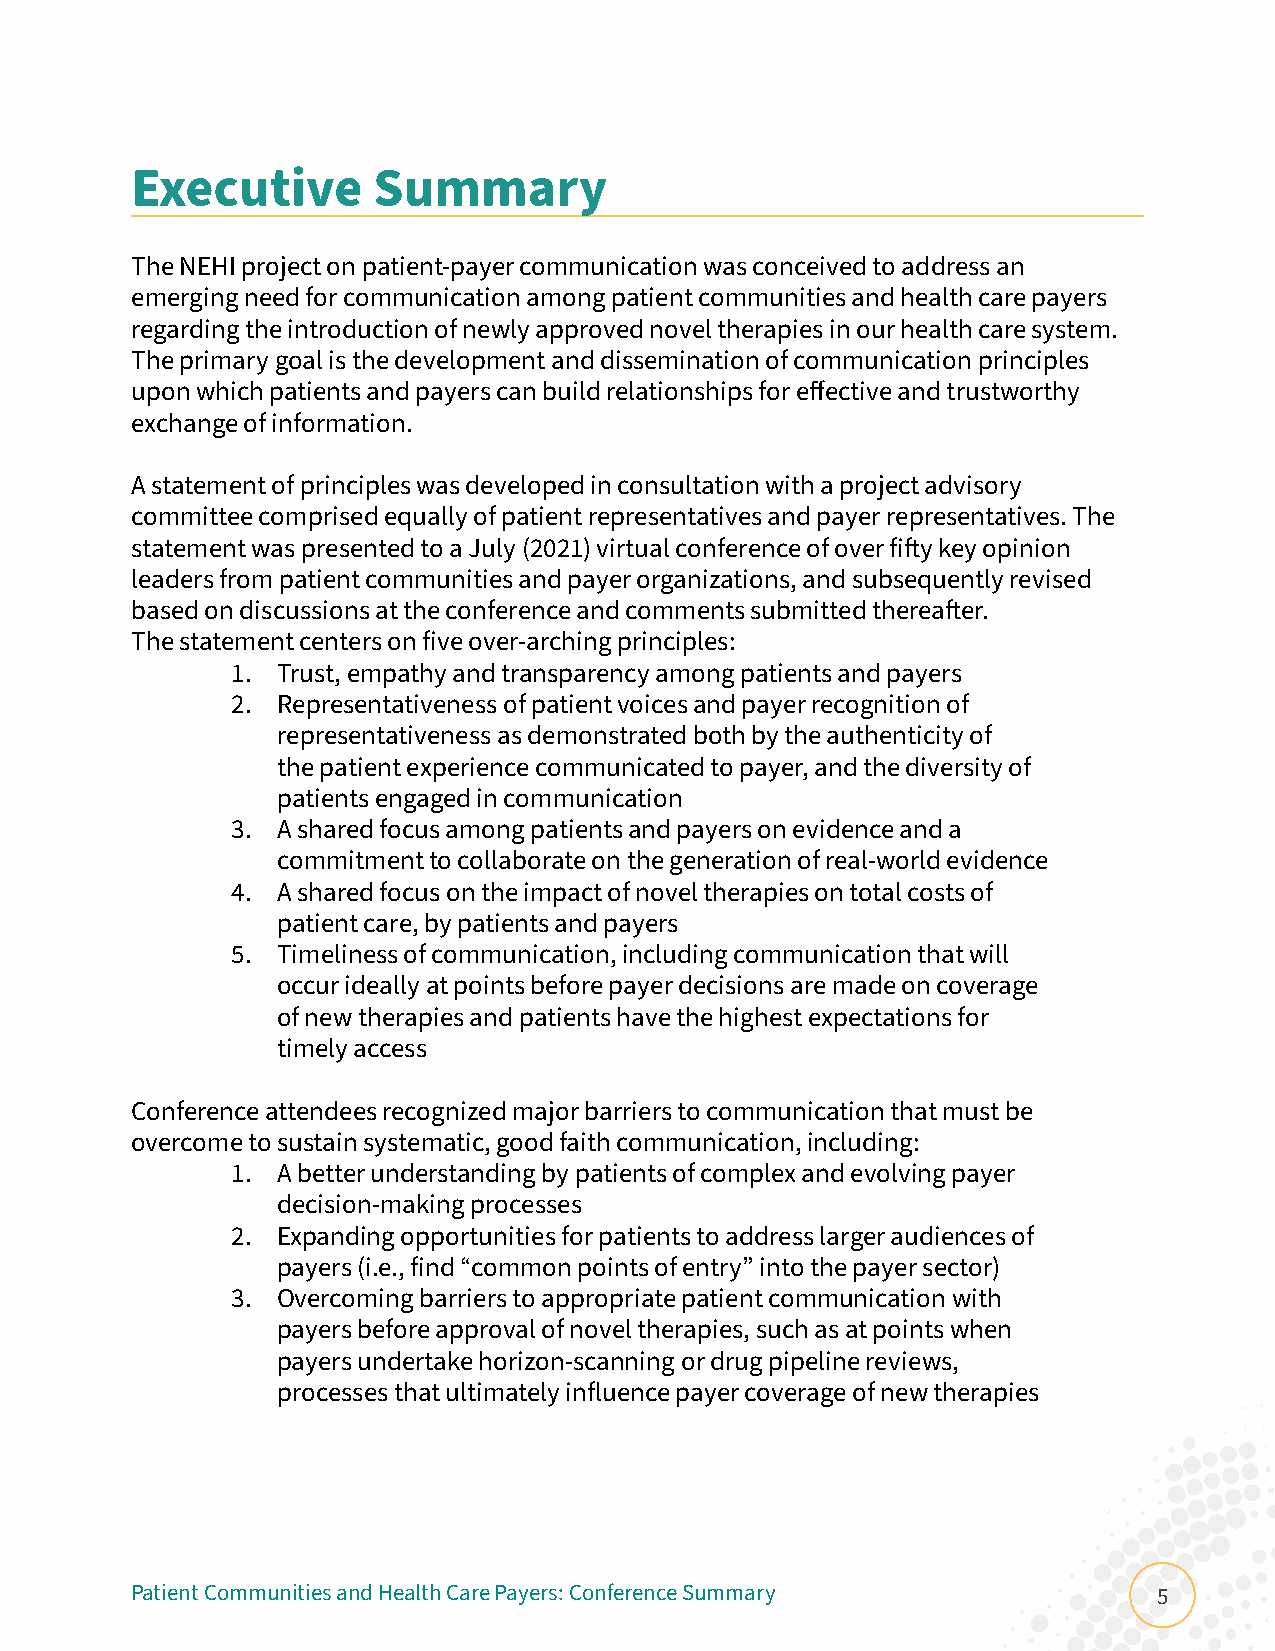
Executive       Summary
 The NEHI project on patient-payer communication was conceived to address an
 emerging need for communication among patient communities and health care payers
 regarding the introduction of newly approved novel therapies in our health care system.
 The primary goal is the development and dissemination of communication principles
 upon which patients and payers can build relationships for effective and trustworthy
 exchange of information.
 A statement of principles was developed in consultation with a project advisory
 committee comprised equally of patient representatives and payer representatives. The
 statement was presented to a July (2021) virtual conference of over fifty key opinion
 leaders from patient communities and payer organizations, and subsequently revised
 based on discussions at the conference and comments submitted thereafter.
 The statement centers on five over-arching principles:
 1. Trust, empathy and transparency among patients and payers
 2. Representativeness of patient voices and payer recognition of
 representativeness as demonstrated both by the authenticity of
 the patient experience communicated to payer, and the diversity of
 patients engaged in communication
 3. A shared focus among patients and payers on evidence and a
 commitment to collaborate on the generation of real-world evidence
 4. A shared focus on the impact of novel therapies on total costs of
 patient care, by patients and payers
 5. Timeliness of communication, including communication that will
 occur ideally at points before payer decisions are made on coverage
 of new therapies and patients have the highest expectations for
 timely access
 Conference attendees recognized major barriers to communication that must be
 overcome to sustain systematic, good faith communication, including:
 1. A better understanding by patients of complex and evolving payer
 decision-making processes
 2. Expanding opportunities for patients to address larger audiences of
 payers (i.e., find “common points of entry” into the payer sector)
 3. Overcoming barriers to appropriate patient communication with
 payers before approval of novel therapies, such as at points when
 payers undertake horizon-scanning or drug pipeline reviews,
 processes that ultimately influence payer coverage of new therapies
 Patient Communities and Health Care Payers: Conference Summary      5